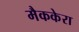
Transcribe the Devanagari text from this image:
मैककेरा